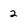
Character: 2